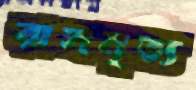
রাসনৃত্য